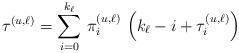
LaTeX: \begin{align*}\tau_{}^{(u,\ell)} = \sum_{i=0}^{k_\ell} \, \pi^{(u,\ell)}_{i} \, \left(k_\ell-i + \tau^{(u,\ell)}_{i}\right)\end{align*}